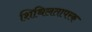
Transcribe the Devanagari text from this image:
शिथिलतापरक